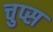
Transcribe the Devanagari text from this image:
चुप्स